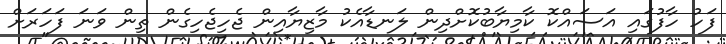
ފަހު ހާފުގައި އަސައްކޮ ކާމިޔާބުކޮށްދިން ލަނޑާއެކު މާޒިޔާއިން ޖެހިޖެހިގެން ތިން ވަނަ ފަހަރަށް